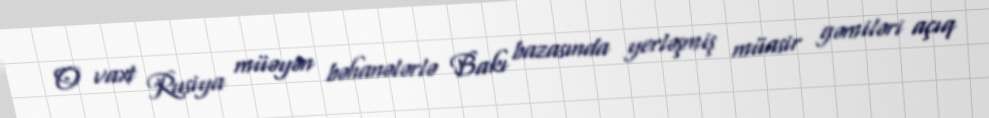
O vaxt Rusiya müəyən bəhanələrlə Bakı bazasında yerləşmiş müasir gəmiləri açıq